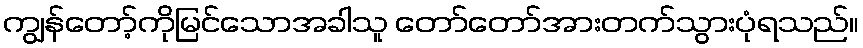
ကျွန်တော့်ကိုမြင်သောအခါသူ တော်တော်အားတက်သွားပုံရသည်။